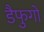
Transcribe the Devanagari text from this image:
डैफुगो